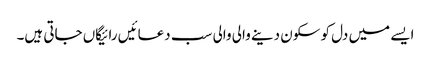
ایسے میں دل کو سکون دینے والی والی سب دعائیں رائیگاں جاتی ہیں۔